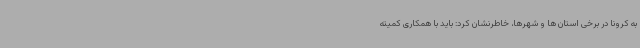
به کرونا در برخی استان ها و شهرها، خاطرنشان کرد: باید با همکاری کمیته